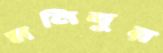
মনিবুর